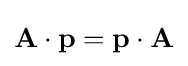
\mathbf {A} \cdot \mathbf {p} =\mathbf {p} \cdot \mathbf {A}